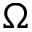
\Omega